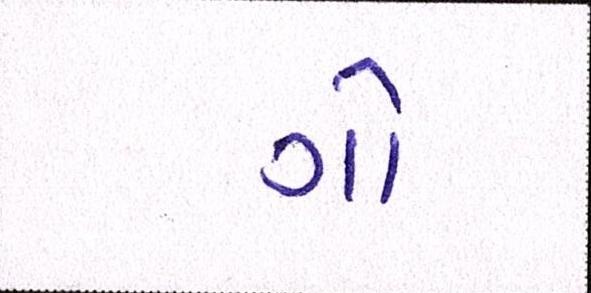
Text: ગો